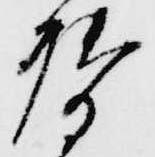
啓